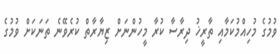
ވުމުގެ މުހިއްމުކަމާއި ތާރީޚު ދިރާސާ ކުރާ މީހުންނަށް ޒިޔާރާތް ކުރެވޭނެ ތަނަކަށް ވުމުގެ